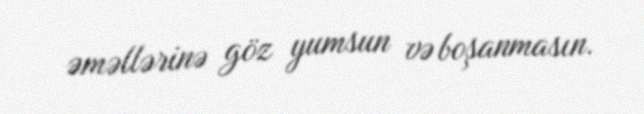
əməllərinə göz yumsun və boşanmasın.